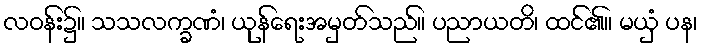
လဝန်း၌။ သသလက္ခဏံ၊ ယုန်ရေးအမှတ်သည်။ ပညာယတိ၊ ထင်၏။ မယှံ ပန၊